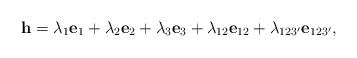
\begin{align*}\mathbf{h}=\lambda_{1}\mathbf{e}_1+\lambda_{2}\mathbf{e}_2+\lambda_{3}\mathbf{e}_3+\lambda_{12}\mathbf{e}_{12}+\lambda_{123'}\mathbf{e}_{123'},\end{align*}